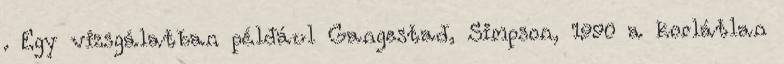
. Egy vizsgálatban például Gangestad, Simpson, 1990 a korlátlan